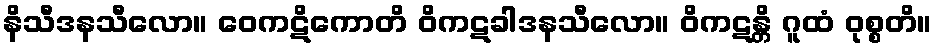
နိသီဒနသီလော။ ဝေကဋိကောတိ ဝိကဋခါဒနသီလော။ ဝိကဋန္တိ ဂူထံ ဝုစ္စတိ။